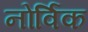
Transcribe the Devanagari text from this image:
नोर्विक